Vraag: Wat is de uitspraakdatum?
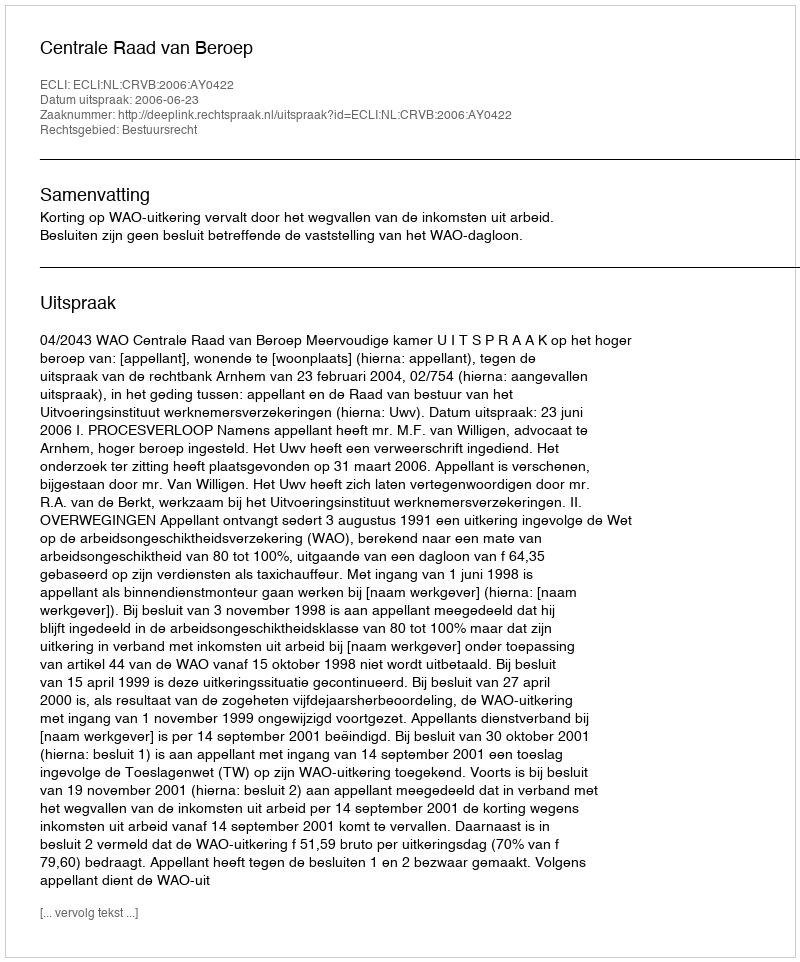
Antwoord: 2006-06-23